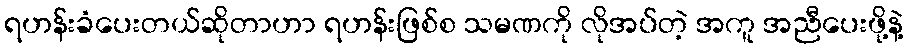
ရဟန်းခံပေးတယ်ဆိုတာဟာ ရဟန်းဖြစ်စ သမဏကို လိုအပ်တဲ့ အကူ အညီပေးဖို့နဲ့